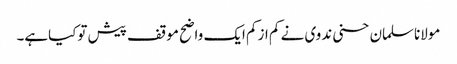
مولاناسلمان حسنی ندوی نے کم ازکم ایک واضح موقف پیش توکیاہے۔